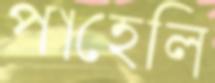
পাহেলি